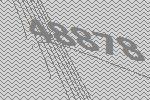
48878